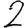
Digit: 2